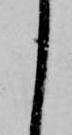
く